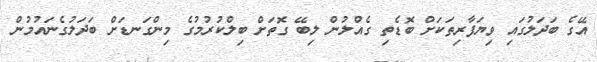
އޭގެ ބަދަލުގައި ވިޔަފާރިތަކަށް ބޮޑެތި ގެއްލުން ލިބޭ ގޮތަށް ބިލްކުރުމުގެ މިންގަނޑަށް ބަދަލުގެނައުމުން